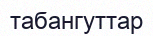
табангуттар